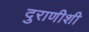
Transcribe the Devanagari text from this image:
दुराणीशी